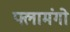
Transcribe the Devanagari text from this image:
फ्लामंगो